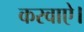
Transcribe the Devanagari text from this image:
करवाऐ।